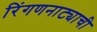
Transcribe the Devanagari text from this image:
रिंगणनाट्याची